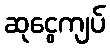
ဆုငွေကျပ်